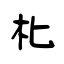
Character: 朼